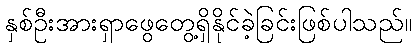
နှစ်ဦးအားရှာဖွေတွေ့ရှိနိုင်ခဲ့ခြင်းဖြစ်ပါသည်။